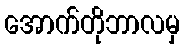
အောက်တိုဘာလမှ